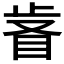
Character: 𣥸